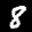
Label: 8